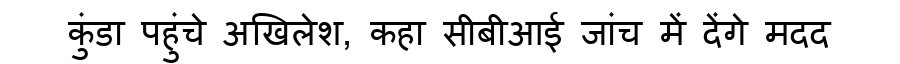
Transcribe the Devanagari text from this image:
कुंडा पहुंचे अखिलेश, कहा सीबीआई जांच में देंगे मदद